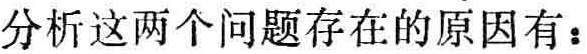
分析这两个问题存在的原因有：